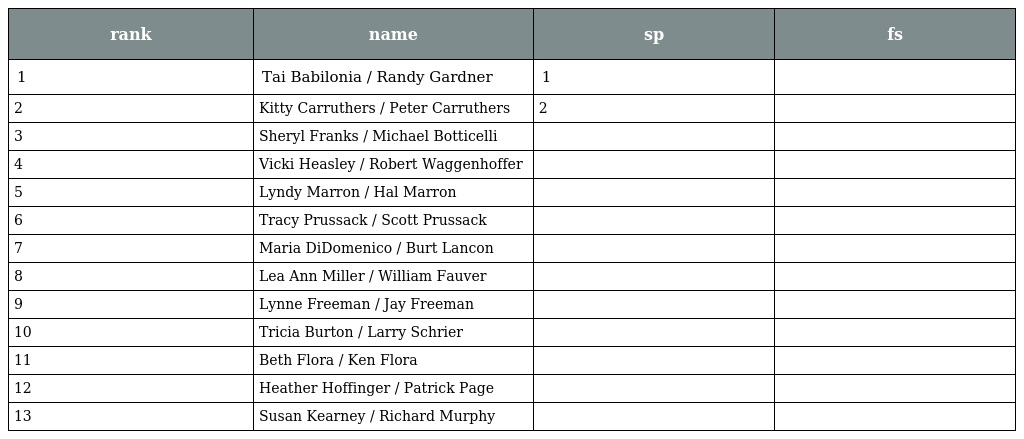
| rank | name | sp | fs |
 | --- | --- | --- | --- |
 | 1 | Tai Babilonia / Randy Gardner | 1 |  |
 | 2 | Kitty Carruthers / Peter Carruthers | 2 |  |
 | 3 | Sheryl Franks / Michael Botticelli |  |  |
 | 4 | Vicki Heasley / Robert Waggenhoffer |  |  |
 | 5 | Lyndy Marron / Hal Marron |  |  |
 | 6 | Tracy Prussack / Scott Prussack |  |  |
 | 7 | Maria DiDomenico / Burt Lancon |  |  |
 | 8 | Lea Ann Miller / William Fauver |  |  |
 | 9 | Lynne Freeman / Jay Freeman |  |  |
 | 10 | Tricia Burton / Larry Schrier |  |  |
 | 11 | Beth Flora / Ken Flora |  |  |
 | 12 | Heather Hoffinger / Patrick Page |  |  |
 | 13 | Susan Kearney / Richard Murphy |  |  |